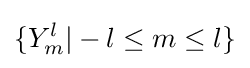
\{Y_{m}^{l}|-l\leq m\leq l\}